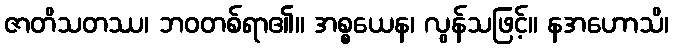
ဇာတိသတဿ၊ ဘဝတစ်ရာ၏။ အစ္စယေန၊ လွန်သဖြင့်။ နအဟောသိ၊